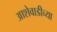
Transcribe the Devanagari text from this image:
आशेवाडीच्या